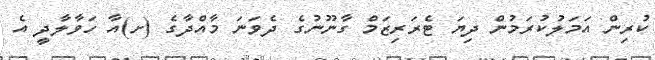
ކުރިން އަމަލުކުރަމުން ދިޔަ ޓެރަރިޒަމް ގާނޫނުގެ ދެވަނަ މާއްދާގެ (ށ)އާ ހަވާލާދީ އެ